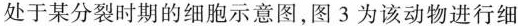
处于某分裂时期的细胞示意图，图3为该动物进行细